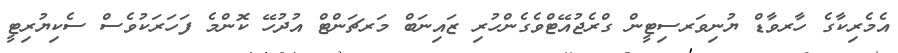
އެމެރިކާގެ ހާރވާޑް ޔުނިވަރސިޓީން ގްރެޖުއޭޓްވެގެންހުރި ޒައިނަބް މަރޗަންޓް އުދުހޭ ކޮންމެ ފަހަރަކުވެސް ސެކިޔުރިޓީ